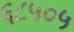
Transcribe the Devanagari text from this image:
६८५०५